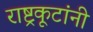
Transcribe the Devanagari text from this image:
राष्ट्रकूटांनी